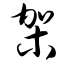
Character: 架